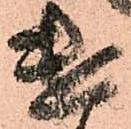
遣